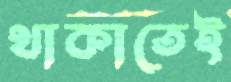
থাকাতেই